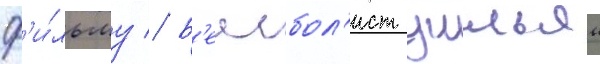
ф'и́льму // Б'еисбол'ист уильям